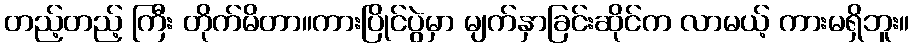
တည့်တည့် ကြီး တိုက်မိတာ။ကားပြိုင်ပွဲမှာ မျက်နှာခြင်းဆိုင်က လာမယ့် ကားမရှိဘူး။